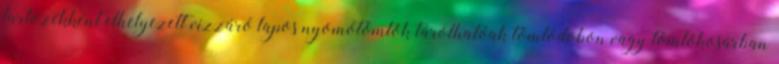
tartozékként elhelyezett vízzáró lapos nyomótömlõk tárolhatóak tömlõdobon vagy tömlõkosárban